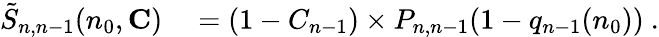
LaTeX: \begin{array}{rl}{\tilde{S}_{n,n-1}(n_{0},\mathbf{C})}&{{}=(1-C_{n-1})\times P_{n,n-1}(1-q_{n-1}(n_{0}))\ .}\end{array}